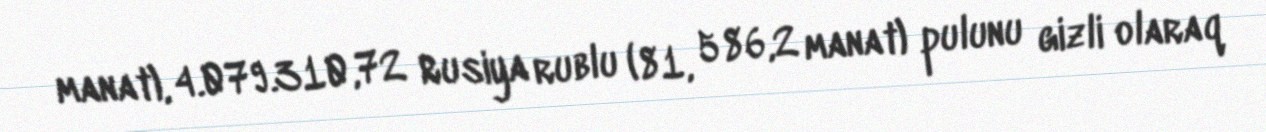
manat), 4.079.310,72 Rusiya rublu (81, 586,2 manat) pulunu gizli olaraq